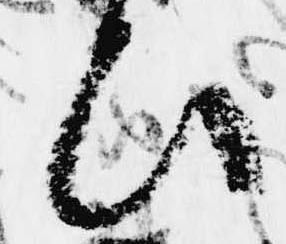
ひ